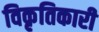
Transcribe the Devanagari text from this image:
विकृतिकारी